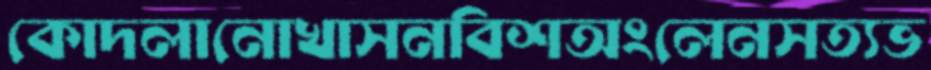
কোদলানোখাসনবিশঅংলেনসত্যভ